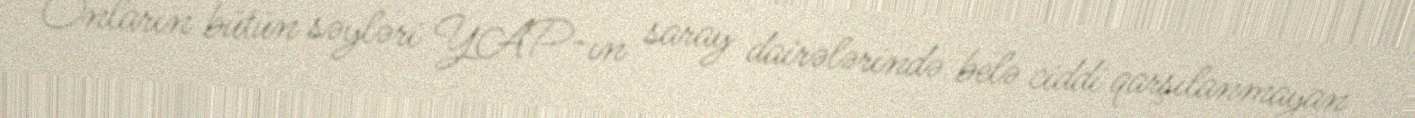
Onların bütün səyləri YAP-ın saray dairələrində belə ciddi qarşılanmayan